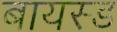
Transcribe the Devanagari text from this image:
बायस्ड